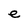
Character: e